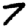
Digit: 7